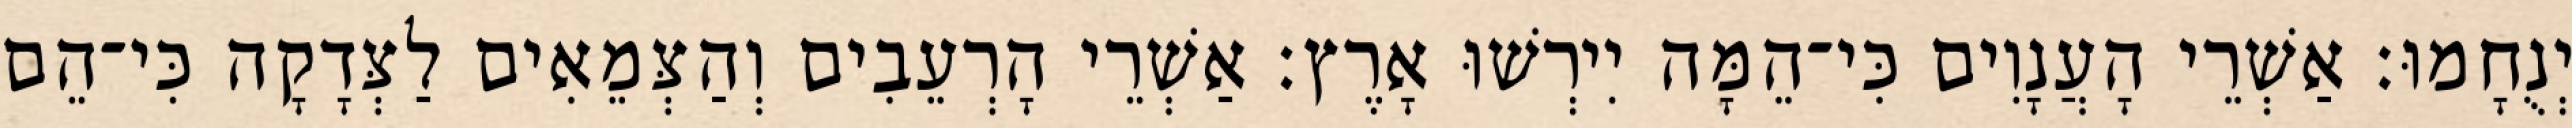
יְנֻחָמוּ׃ אַשְׁרֵי הָעֲנָוִים כִּי־הֵמָּה יִירְשׁוּ אָרֶץ׃ אַשְׁרֵי הָרְעֵבִים וְהַצְּמֵאִים לַצְּדָקָה כִּי־הֵם